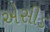
એસીડ